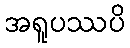
အရူပဿပိ